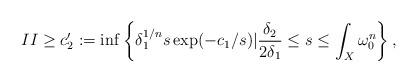
LaTeX: \begin{align*}II\ge c_2':=\inf\left\{\delta_1^{1/n}s\exp(-c_1/s)|\frac{\delta_2}{2\delta_1}\le s\le\int_X\omega_0^n\right\},\end{align*}